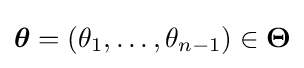
{\boldsymbol {\theta }}=(\theta _{1},\dots ,\theta _{n-1})\in {\boldsymbol {\Theta }}